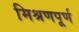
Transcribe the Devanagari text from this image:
मिश्रणपूर्ण